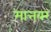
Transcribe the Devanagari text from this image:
मात्तबर